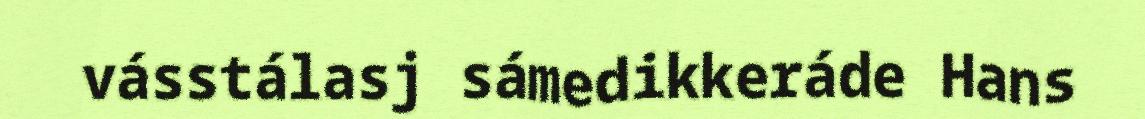
vásstálasj sámedikkeráde Hans